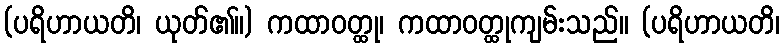
(ပရိဟာယတိ၊ ယုတ်၏။) ကထာဝတ္ထု၊ ကထာဝတ္ထုကျမ်းသည်။ (ပရိဟာယတိ၊